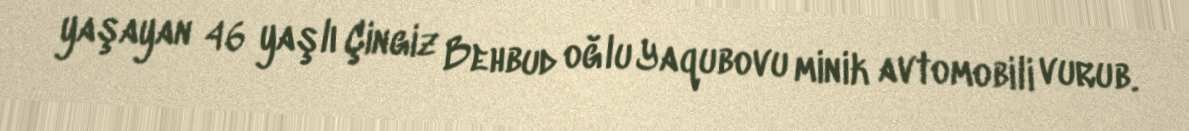
yaşayan 46 yaşlı Çingiz Behbud oğlu Yaqubovu minik avtomobili vurub.